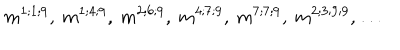
m ^ { 1 ; 1 ; 9 } , \ m ^ { 1 ; 4 ; 9 } , \ m ^ { 2 ; 6 ; 9 } , \ m ^ { 4 ; 7 ; 9 } , \ m ^ { 7 ; 7 ; 9 } , \ m ^ { 2 ; 3 ; 9 ; 9 } , \dots